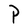
Character: P